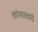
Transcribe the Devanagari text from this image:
कांथास्वामी